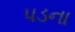
પડના